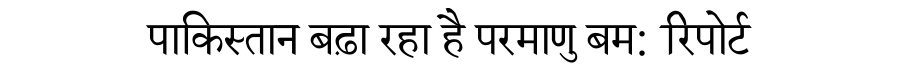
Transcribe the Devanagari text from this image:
पाकिस्तान बढ़ा रहा है परमाणु बम: रिपोर्ट